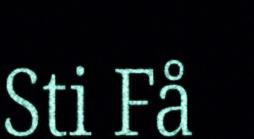
Sti Få